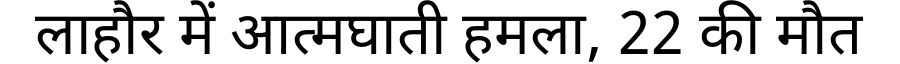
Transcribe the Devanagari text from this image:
लाहौर में आत्मघाती हमला, 22 की मौत